Indian journal of veterinary science and animal husbandry - Volume 9,
Year: 1939
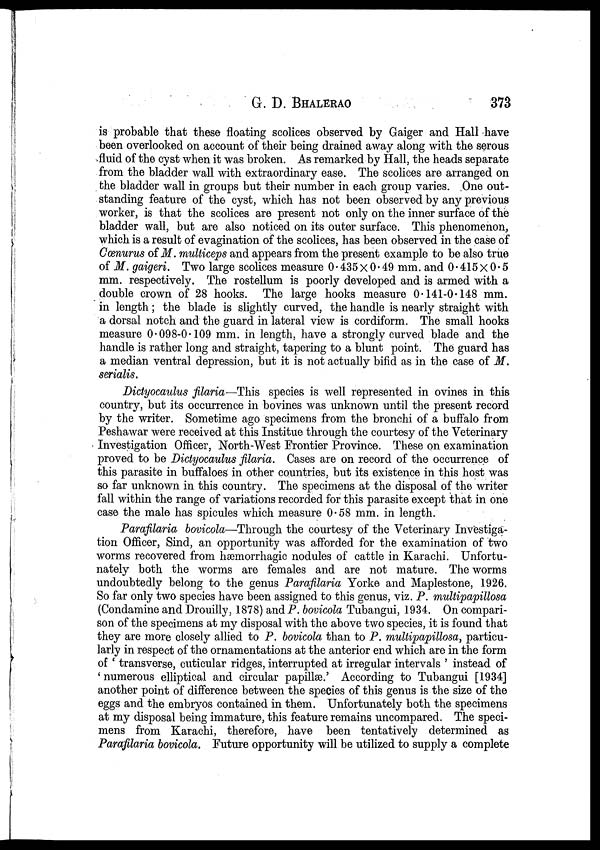
G.
D.
BHALERAO
373
is probable that these floating scolices observed by Gaiger and Hall have
been overlooked on account of their being drained away along with the serous
fluid of the cyst when it was broken. As remarked by Hall, the heads separate
from the bladder wall with extraordinary ease. The scolices are arranged on
the bladder wall in groups but their number in each group varies. One out-
standing feature of the cyst, which has not been observed by any previous
worker, is that the scolices are present not only on the inner surface of the
bladder wall, but are also noticed on its outer surface. This phenomenon,
which is a result of evagination of the scolices, has been observed in the case of
Cœnurus of M. multiceps and appears from the present example to be also true
of M. gaigeri. Two large scolices measure 0.435 × 0.49 mm. and 0.415 × 0.5
mm. respectively. The rostellum is poorly developed and is armed with a
double crown of 28 hooks. The large hooks measure 0.141-0.148 mm.
in length; the blade is slightly curved, the handle is nearly straight with
a dorsal notch and the guard in lateral view is cordiform. The small hooks
measure 0.098-0.109 mm. in length, have a strongly curved blade and the
handle is rather long and straight, tapering to a blunt point. The guard has
a median ventral depression, but it is not actually bifid as in the case of M.
serialis.
Dictyocaulus filaria—This species is well represented in ovines in this
country, but its occurrence in bovines was unknown until the present record
by the writer. Sometime ago specimens from the bronchi of a buffalo from
Peshawar were received at this Institue through the courtesy of the Veterinary
Investigation Officer, North-West Frontier Province. These on examination
proved to be Dictyocaulus filaria. Cases are on record of the occurrence of
this parasite in buffaloes in other countries, but its existence in this host was
so far unknown in this country. The specimens at the disposal of the writer
fall within the range of variations recorded for this parasite except that in one
case the male has spicules which measure 0.58 mm. in length.
Parafilaria bovicola—Through the courtesy of the Veterinary Investiga-
tion Officer, Sind, an opportunity was afforded f or the examination of two
worms recovered from hæmorrhagic nodules of cattle in Karachi. Unfortu-
nately both the worms are females and are not mature. The worms
undoubtedly belong to the genus Parafilaria Yorke and Maplestone, 1926.
So far only two species have been assigned to this genus, viz. P. multipapillosa
(Condamine and Drouilly, 1878) and P. bovicola Tubangui, 1934. On compari-
son of the specimens at my disposal with the above two species, it is found that
they are more closely allied to P. bovicola than to P. multipapillosa, particu-
larly in respect of the ornamentations at the anterior end which are in the form
of ' transverse, cuticular ridges, interrupted at irregular intervals ' instead of
' numerous elliptical and circular papillæ.' According to Tubangui [1934]
another point of difference between the species of this genus is the size of the
eggs and the embryos contained in them. Unfortunately both the specimens
at my disposal being immature, this feature remains uncompared. The speci-
mens from Karachi, therefore, have been tentatively determined as
Parafilaria bovicola. Future opportunity will be utilized to supply a complete